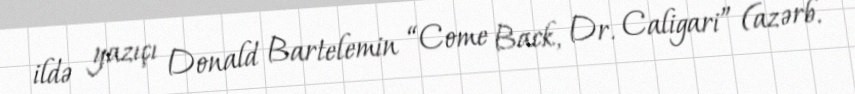
ildə yazıçı Donald Bartelemin “Come Back, Dr. Caligari” (azərb.